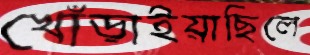
খোঁড়াইয়াছিলে